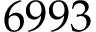
6 9 9 3